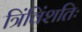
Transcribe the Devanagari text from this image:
त्रिंविंशतिः